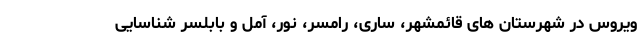
ویروس در شهرستان های قائمشهر، ساری، رامسر، نور، آمل و بابلسر شناسایی